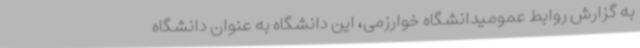
به گزارش روابط عمومیدانشگاه خوارزمی، این دانشگاه به عنوان دانشگاه